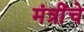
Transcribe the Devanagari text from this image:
मंत्रींचे